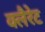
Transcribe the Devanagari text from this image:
क्लैरेट